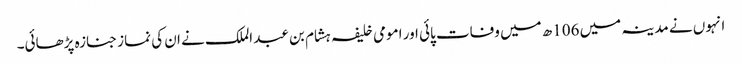
انہوں نے مدینہ میں 106ھ میں وفات پائی اور امومی خلیفہ ہشام بن عبد الملک نے ان کی نماز جنازہ پڑھائی۔